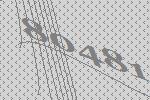
80481